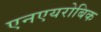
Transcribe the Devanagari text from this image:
एनएयरोबिक